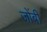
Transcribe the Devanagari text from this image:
जोंबी